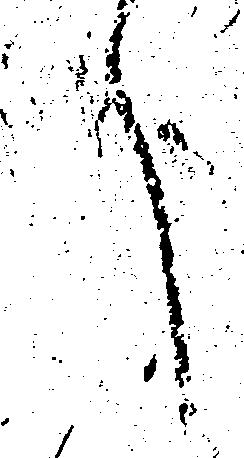
へ